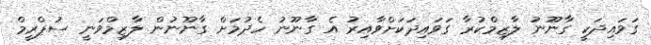
ގަވައިދަކީ ގާނޫނު ލާޒިމްކުރާ ގަވައިދަކަށްވާއިރު އެ ގާނޫނު ހެދުމަށް ގާނޫނުން ލާޒިމްވަނީ ސުޕްރީމް